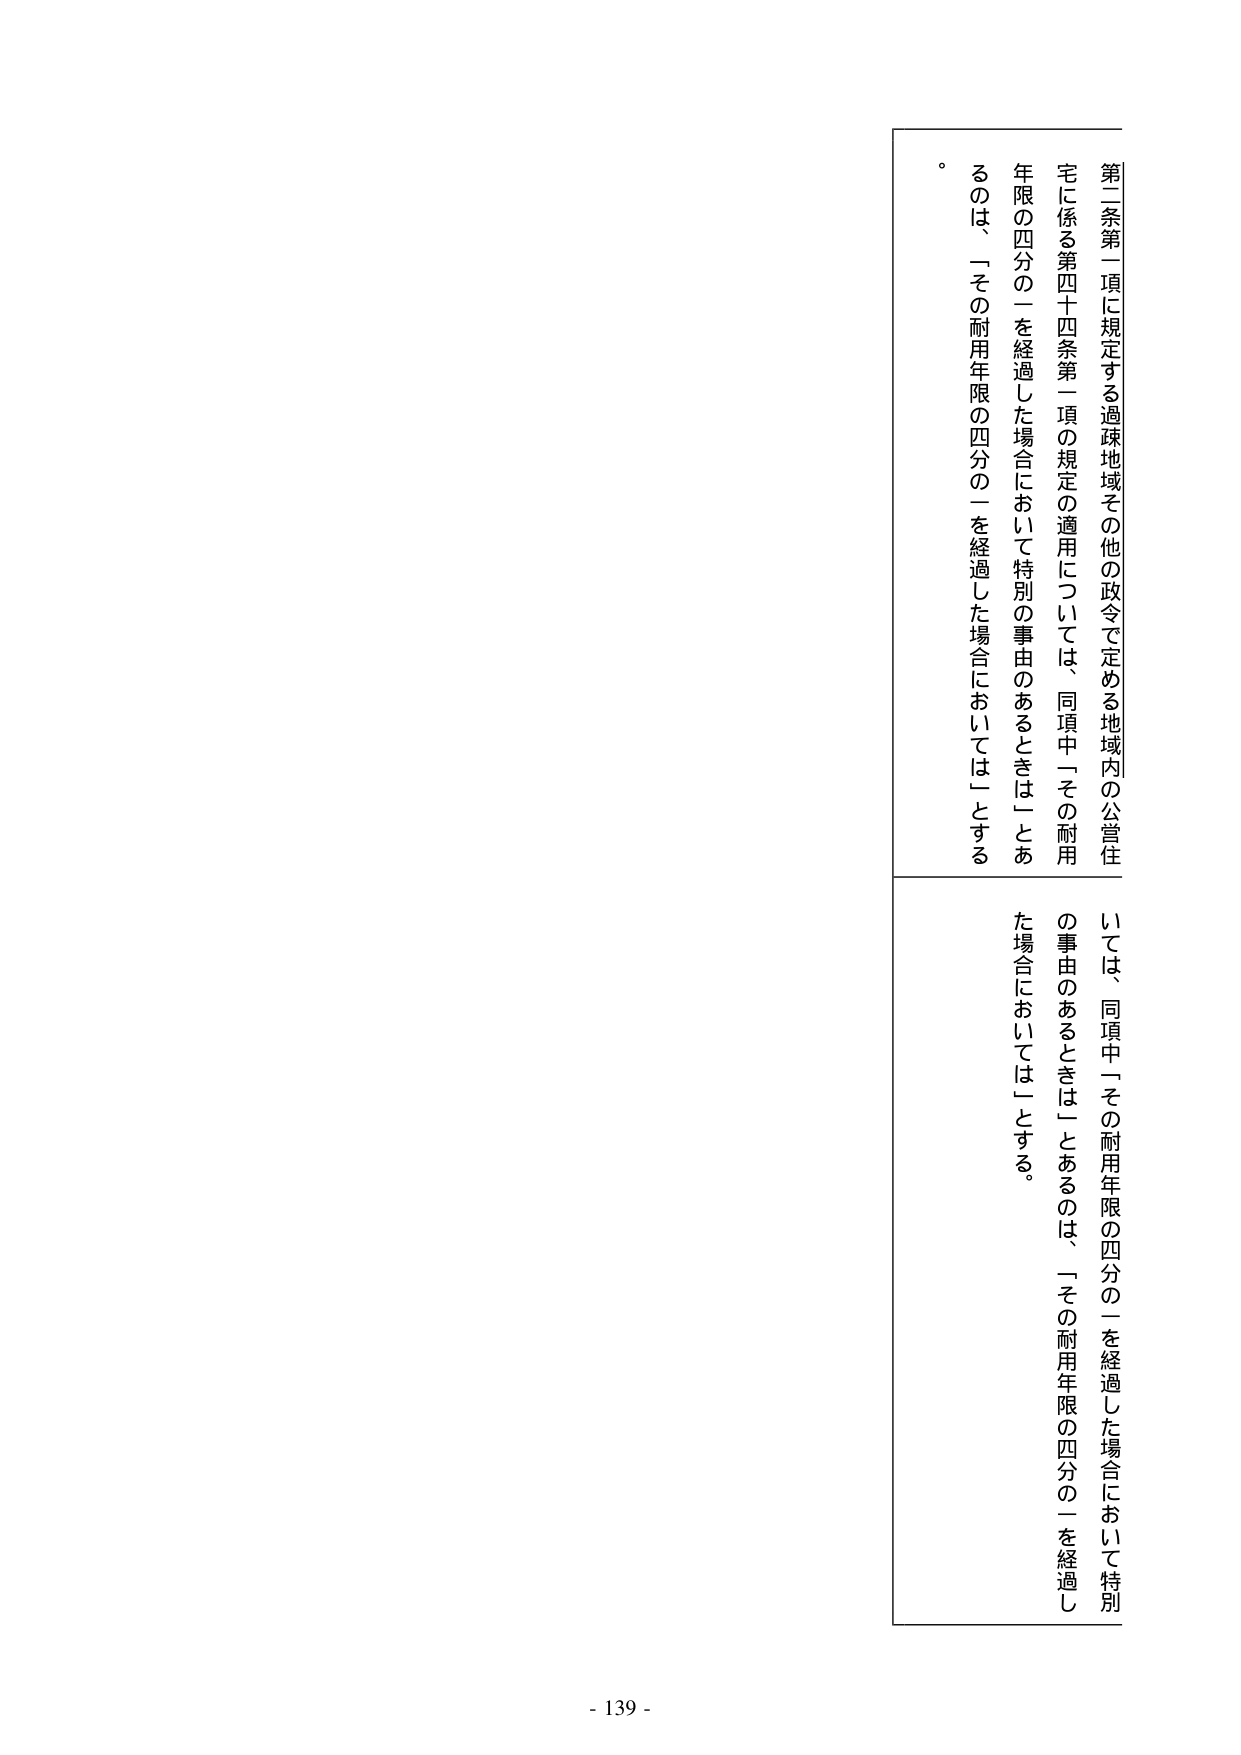
第二条第一項に規定する過疎地域その他の政令で定める地域内の公営住宅に係る第四十四条第一項の規定の適用については、同項中「その耐用年限の四分の一を経過した場合において特別の事由のあるときは」とあるのは、「その耐用年限の四分の一を経過した場合において」とする。

いては、同項中「その耐用年限の四分の一を経過した場合において特別の事由のあるときは」とあるのは、「その耐用年限の四分の一を経過した場合においては」とする。

- 139 -